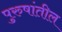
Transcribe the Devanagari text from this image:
पुरुषांतील